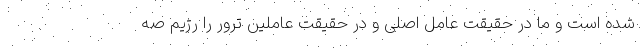
شده است و ما در حقیقت عامل اصلی و در حقیقت عاملین ترور را رژیم صه